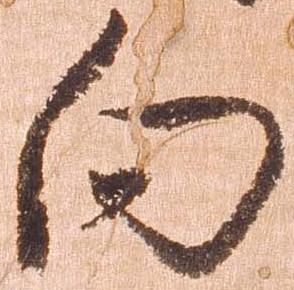
向